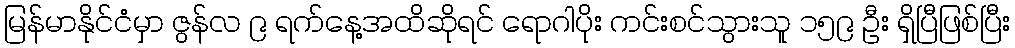
မြန်မာနိုင်ငံမှာ ဇွန်လ ၉ ရက်နေ့အထိဆိုရင် ရောဂါပိုး ကင်းစင်သွားသူ ၁၅၉ ဦး ရှိပြီဖြစ်ပြီး